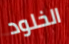
الخلود